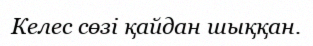
Келес сөзі қайдан шыққан.